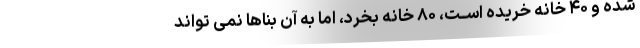
شده و ۴۰ خانه خریده اســت، ۸۰ خانه بخرد، اما به آن بناها نمی تواند